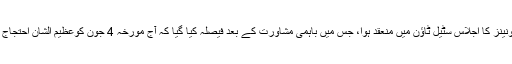
اس حکومتی مزدور دشمن فیصلے کے بعد سٹیل ملز کی تمام یونینز کا اجلاس سٹیل ٹاؤن میں منعقد ہوا، جس میں باہمی مشاورت کے بعد فیصلہ کیا گیا کہ آج مورخہ 4 جون کوعظیم الشان احتجاج کر کے اس مزدور دشمن حملے کا بھرپور جواب دیا جائے گا۔